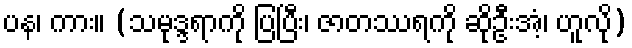
ပန၊ ကား။ (သမုဒ္ဒရာကို ပြပြီး၊ ဇာတဿရကို ဆိုဦးအံ့၊ ဟူလို)